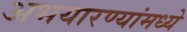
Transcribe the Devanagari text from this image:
अभयारण्यांमध्ये